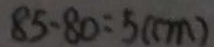
8 5 - 8 0 = 5 ( c m )